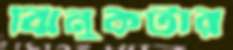
ঝিনুকটার